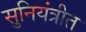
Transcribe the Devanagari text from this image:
सुनियंत्रीत